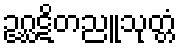
ဥဂ္ဃဋိတညူသုတ္တံ